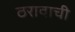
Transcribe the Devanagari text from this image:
ठरावाची